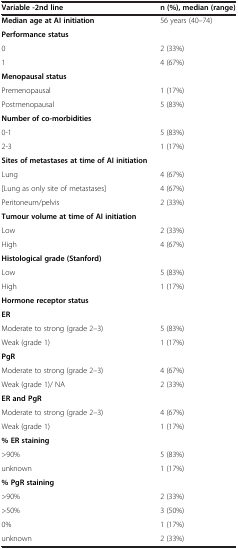
<table><thead><tr><td><b>Variable -2nd line</b></td><td><b>n (%), median (range)</b></td></tr></thead><tbody><tr><td><b>Median age at AI initiation</b></td><td>56 years (40–74)</td></tr><tr><td><b>Performance status</b></td><td> </td></tr><tr><td>0</td><td>2 (33%)</td></tr><tr><td>1</td><td>4 (67%)</td></tr><tr><td><b>Menopausal status</b></td><td> </td></tr><tr><td>Premenopausal</td><td>1 (17%)</td></tr><tr><td>Postmenopausal</td><td>5 (83%)</td></tr><tr><td><b>Number of co-morbidities</b></td><td> </td></tr><tr><td>0-1</td><td>5 (83%)</td></tr><tr><td>2-3</td><td>1 (17%)</td></tr><tr><td><b>Sites of metastases at time of AI initiation</b></td><td> </td></tr><tr><td>Lung</td><td>4 (67%)</td></tr><tr><td>[Lung as only site of metastases]</td><td>4 (67%)</td></tr><tr><td>Peritoneum/pelvis</td><td>2 (33%)</td></tr><tr><td><b>Tumour volume at time of AI initiation</b></td><td> </td></tr><tr><td>Low</td><td>2 (33%)</td></tr><tr><td>High</td><td>4 (67%)</td></tr><tr><td><b>Histological grade (Stanford)</b></td><td> </td></tr><tr><td>Low</td><td>5 (83%)</td></tr><tr><td>High</td><td>1 (17%)</td></tr><tr><td><b>Hormone receptor status</b></td><td> </td></tr><tr><td><b>ER</b></td><td> </td></tr><tr><td>Moderate to strong (grade 2–3)</td><td>5 (83%)</td></tr><tr><td>Weak (grade 1)</td><td>1 (17%)</td></tr><tr><td><b>PgR</b></td><td> </td></tr><tr><td>Moderate to strong (grade 2–3)</td><td>4 (67%)</td></tr><tr><td>Weak (grade 1)/ NA</td><td>2 (33%)</td></tr><tr><td><b>ER and PgR</b></td><td> </td></tr><tr><td>Moderate to strong (grade 2–3)</td><td>4 (67%)</td></tr><tr><td>Weak (grade 1)</td><td>1 (17%)</td></tr><tr><td><b>% ER staining</b></td><td> </td></tr><tr><td>&gt;90%</td><td>5 (83%)</td></tr><tr><td>unknown</td><td>1 (17%)</td></tr><tr><td><b>% PgR staining</b></td><td> </td></tr><tr><td>&gt;90%</td><td>2 (33%)</td></tr><tr><td>&gt;50%</td><td>3 (50%)</td></tr><tr><td>0%</td><td>1 (17%)</td></tr><tr><td>unknown</td><td>2 (33%)</td></tr></tbody></table>